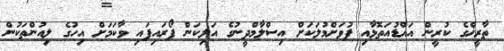
ތާރީޚްގެ ކުރީން އައްޑުއަތޮޅާއި ފުވަށްމުލަކަށް އިސްލާމްދީނުގެ އަލިކަން ފޯރައިފައި ވާކަމަށް އިހުގެ ލިއުންތަކުން